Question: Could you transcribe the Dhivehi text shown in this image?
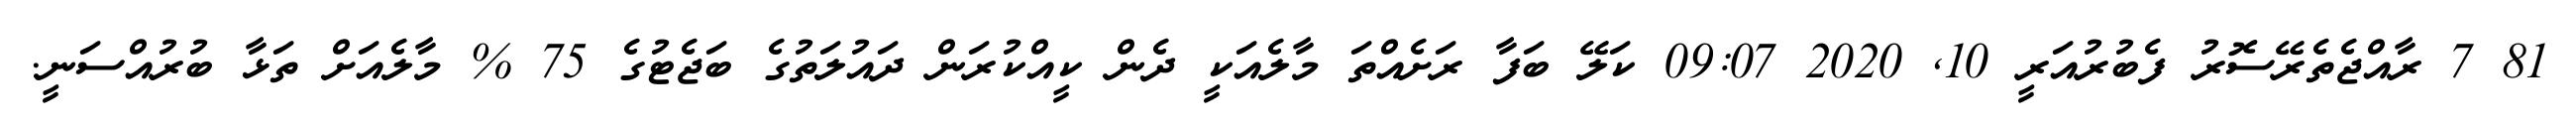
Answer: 81 7 ރާއްޖެތެރޭސޮރު ފެބުރުއަރީ 10, 2020 09:07 ކަލޭ ބަފާ ރަށެއްތަ މާލެއަކީ ދެން ކީއްކުރަން ދައުލަތުގެ ބަޖެޓުގެ 75 % މާލެއަށް ތަޅާ ބުރުއްސަނީ.